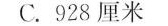
C.928厘米